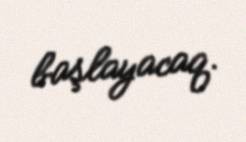
başlayacaq.